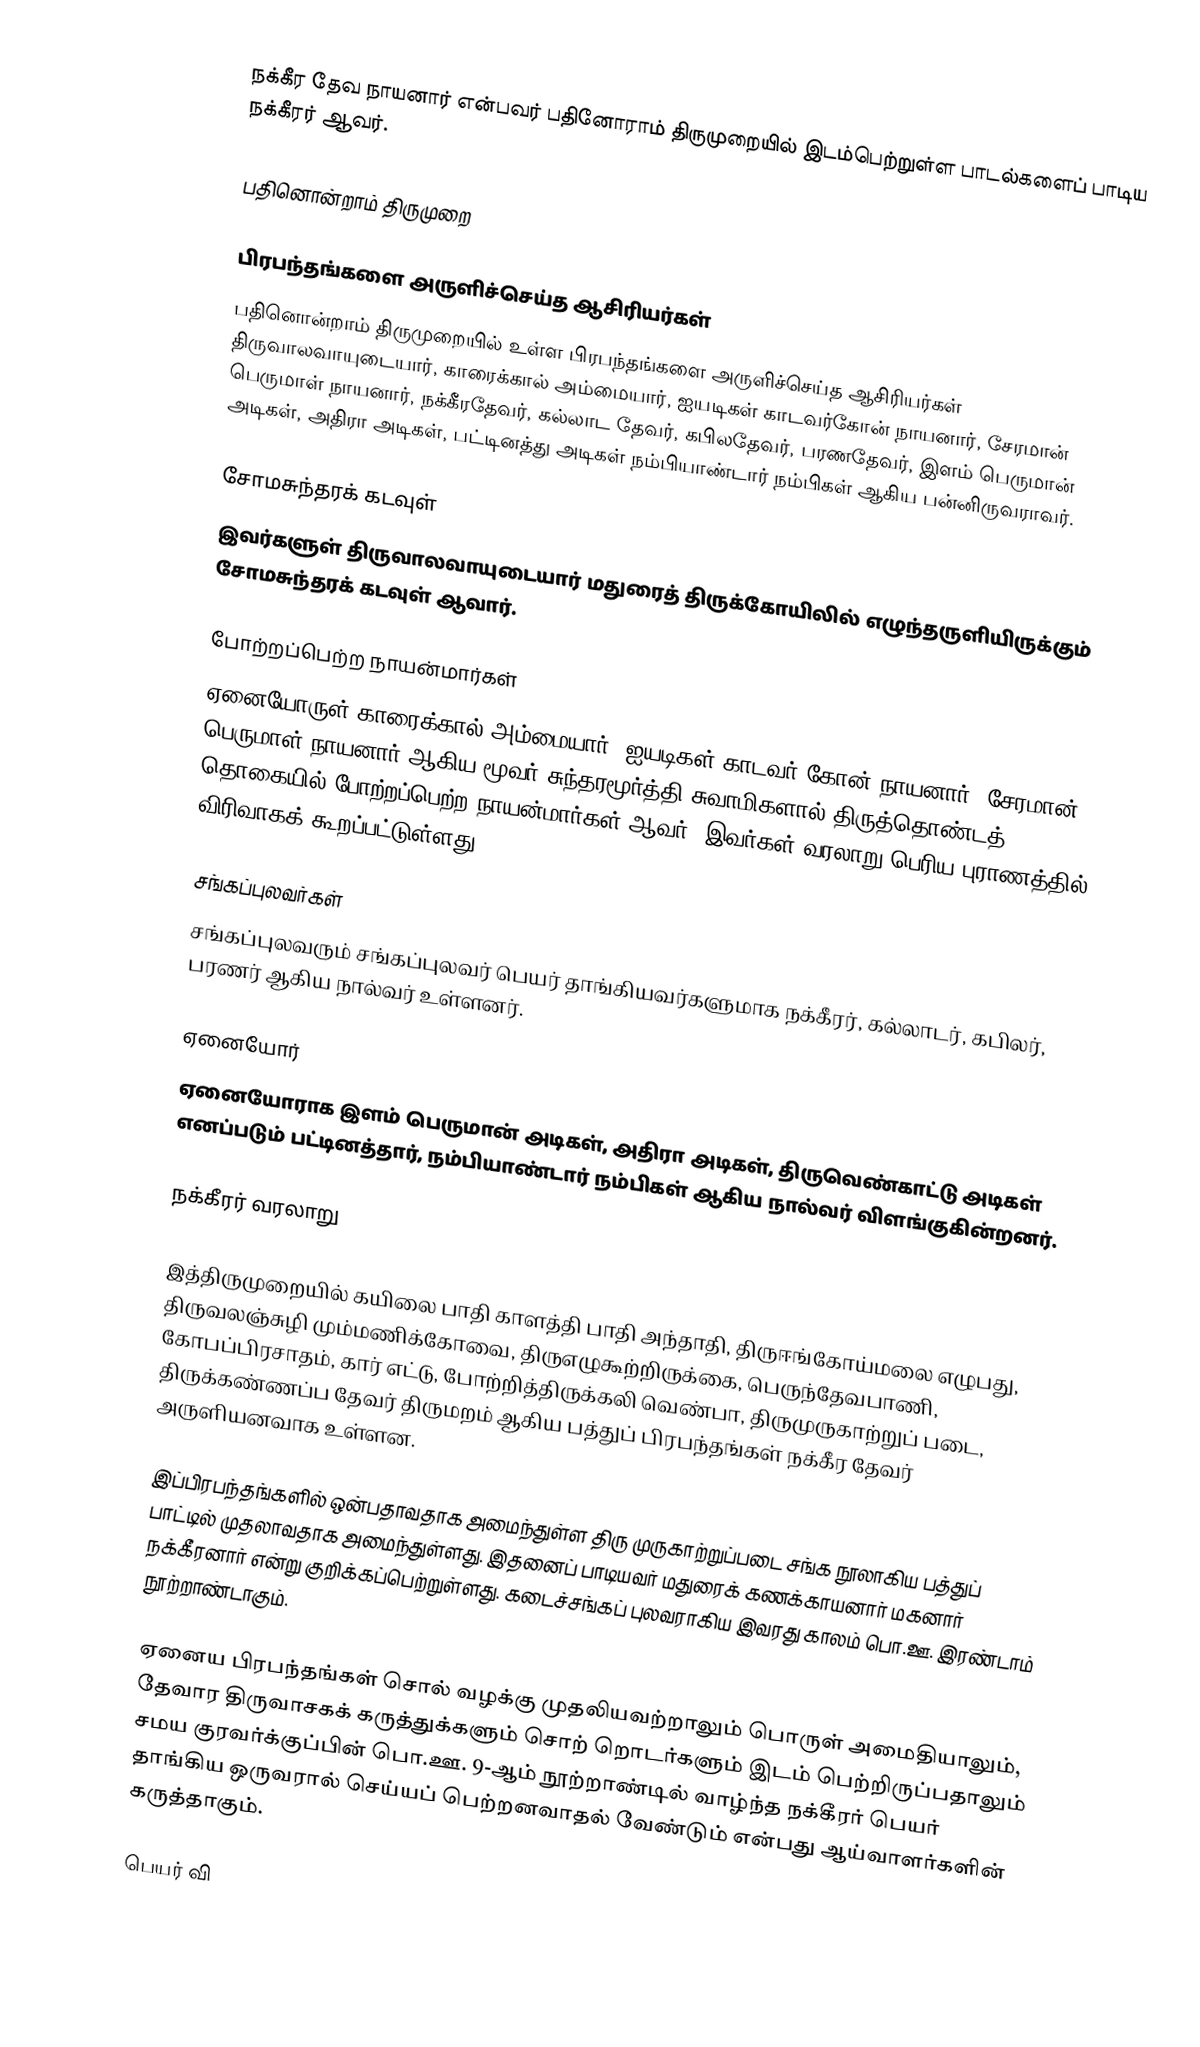
நக்கீர தேவ நாயனார் என்பவர் பதினோராம் திருமுறையில் இடம்பெற்றுள்ள பாடல்களைப் பாடிய நக்கீரர் ஆவர்.

பதினொன்றாம் திருமுறை

பிரபந்தங்களை அருளிச்செய்த ஆசிரியர்கள்
பதினொன்றாம் திருமுறையில் உள்ள பிரபந்தங்களை அருளிச்செய்த ஆசிரியர்கள் திருவாலவாயுடையார், காரைக்கால் அம்மையார், ஐயடிகள் காடவர்கோன் நாயனார், சேரமான் பெருமாள் நாயனார், நக்கீரதேவர், கல்லாட தேவர், கபிலதேவர், பரணதேவர், இளம் பெருமான் அடிகள், அதிரா அடிகள், பட்டினத்து அடிகள் நம்பியாண்டார் நம்பிகள் ஆகிய பன்னிருவராவர்.

சோமசுந்தரக் கடவுள்
இவர்களுள் திருவாலவாயுடையார் மதுரைத் திருக்கோயிலில் எழுந்தருளியிருக்கும் சோமசுந்தரக் கடவுள் ஆவார்.

போற்றப்பெற்ற நாயன்மார்கள்
ஏனையோருள் காரைக்கால் அம்மையார், ஐயடிகள் காடவர் கோன் நாயனார், சேரமான் பெருமாள் நாயனார் ஆகிய மூவர் சுந்தரமூர்த்தி சுவாமிகளால் திருத்தொண்டத் தொகையில் போற்றப்பெற்ற நாயன்மார்கள் ஆவர். இவர்கள் வரலாறு பெரிய புராணத்தில் விரிவாகக் கூறப்பட்டுள்ளது.

சங்கப்புலவர்கள்
சங்கப்புலவரும் சங்கப்புலவர் பெயர் தாங்கியவர்களுமாக நக்கீரர், கல்லாடர், கபிலர், பரணர் ஆகிய நால்வர் உள்ளனர்.

ஏனையோர்
ஏனையோராக இளம் பெருமான் அடிகள், அதிரா அடிகள், திருவெண்காட்டு அடிகள் எனப்படும் பட்டினத்தார், நம்பியாண்டார் நம்பிகள் ஆகிய நால்வர் விளங்குகின்றனர்.

நக்கீரர் வரலாறு

இத்திருமுறையில் கயிலை பாதி காளத்தி பாதி அந்தாதி, திருஈங்கோய்மலை எழுபது, திருவலஞ்சுழி மும்மணிக்கோவை, திருஎழுகூற்றிருக்கை, பெருந்தேவபாணி, கோபப்பிரசாதம், கார் எட்டு, போற்றித்திருக்கலி வெண்பா, திருமுருகாற்றுப் படை, திருக்கண்ணப்ப தேவர் திருமறம் ஆகிய பத்துப் பிரபந்தங்கள் நக்கீர தேவர் அருளியனவாக உள்ளன.

இப்பிரபந்தங்களில் ஒன்பதாவதாக அமைந்துள்ள திரு முருகாற்றுப்படை சங்க நூலாகிய பத்துப் பாட்டில் முதலாவதாக அமைந்துள்ளது. இதனைப் பாடியவர் மதுரைக் கணக்காயனார் மகனார் நக்கீரனார் என்று குறிக்கப்பெற்றுள்ளது. கடைச்சங்கப் புலவராகிய இவரது காலம் பொ.ஊ. இரண்டாம் நூற்றாண்டாகும்.

ஏனைய பிரபந்தங்கள் சொல் வழக்கு முதலியவற்றாலும் பொருள் அமைதியாலும், தேவார திருவாசகக் கருத்துக்களும் சொற் றொடர்களும் இடம் பெற்றிருப்பதாலும் சமய குரவர்க்குப்பின் பொ.ஊ. 9-ஆம் நூற்றாண்டில் வாழ்ந்த நக்கீரர் பெயர் தாங்கிய ஒருவரால் செய்யப் பெற்றனவாதல் வேண்டும் என்பது ஆய்வாளர்களின் கருத்தாகும்.

பெயர் வி